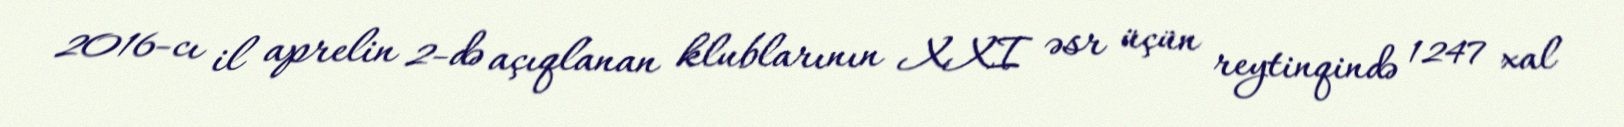
2016-cı il aprelin 2-də açıqlanan klublarının XXI əsr üçün reytinqində 1247 xal